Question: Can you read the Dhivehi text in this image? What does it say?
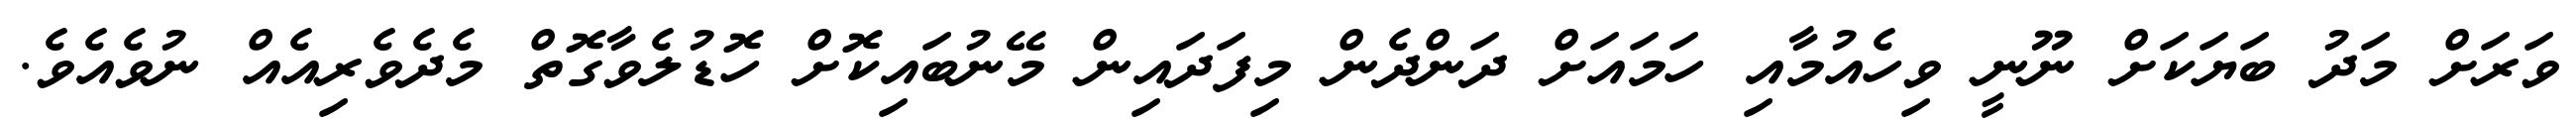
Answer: ވަރަށް މަދު ބަޔަކަށް ނޫނީ ވިހެއުމާއި ހަމައަށް ދަންދެން މިފަދައިން މޭނުބައިކޮށް ހޮޑުލެވާގޮތް މެދެވެރިއެއް ނުވެއެވެ.